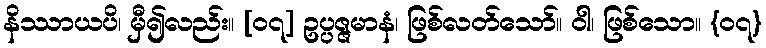
နိဿာယပိ၊ မှီ၍လည်း။ [၀၇] ဥပ္ပဇ္ဇမာနံ၊ ဖြစ်လတ်သော်။ ဝါ၊ ဖြစ်သော။ {၀၇}